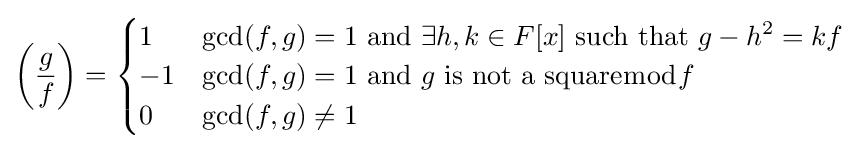
\left({\frac {g}{f}}\right)={\begin{cases}1&\gcd(f,g)=1{\text{ and }}\exists h,k\in F[x]{\text{ such that }}g-h^{2}=kf\\-1&\gcd(f,g)=1{\text{ and }}g{\text{ is not a square}}{\bmod {f}}\\0&\gcd(f,g)\neq 1\end{cases}}